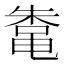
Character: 𬹣